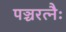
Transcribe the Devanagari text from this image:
पञ्चरत्नैः